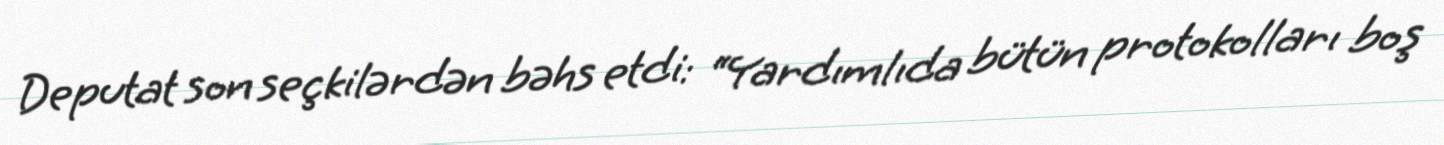
Deputat son seçkilərdən bəhs etdi: “Yardımlıda bütün protokolları boş